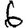
Digit: 6